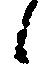
候